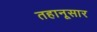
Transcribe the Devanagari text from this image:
तहानूसार